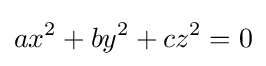
ax^{2}+by^{2}+cz^{2}=0